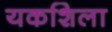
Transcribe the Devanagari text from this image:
यकशिला